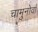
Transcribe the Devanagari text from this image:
चामुनोर्वा